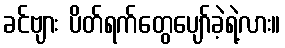
ခင်ဗျား ပိတ်ရက်တွေပျော်ခဲ့ရဲ့လား။